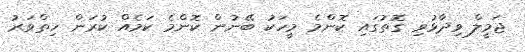
ޖަމީލް ވިދާޅުވި ގޮތުގައި ކޮންމެ މީހަކު ބޭނުން ކޮންމެ ކަމެއް ކުރަން ހިތްވަރު